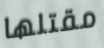
مقتلها